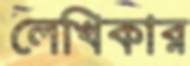
লেখিকার